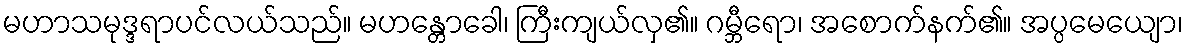
မဟာသမုဒ္ဒရာပင်လယ်သည်။ မဟန္တောခေါ၊ ကြီးကျယ်လှ၏။ ဂမ္ဘီရော၊ အစောက်နက်၏။ အပ္ပမေယျော၊